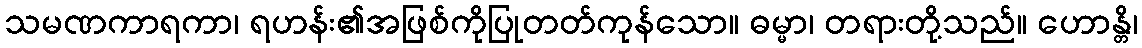
သမဏကာရကာ၊ ရဟန်း၏အဖြစ်ကိုပြုတတ်ကုန်သော။ ဓမ္မာ၊ တရားတို့သည်။ ဟောန္တိ၊